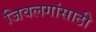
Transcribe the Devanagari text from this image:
जिवलगांसाठी